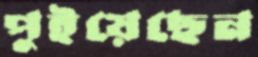
পুইয়েছেন